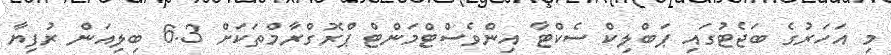
މި އަހަރުގެ ބަޖެޓުގައި ޕަބްލިކް ސެކްޓާ އިންވެސްޓްމަންޓް ޕްރޮގްރާމްތަކަށް 6.3 ބިލިއަން ރުފިޔާ